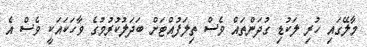
މާލޭގައި ހުރި ލަކުޑި ގުދަންތައް ވެސް ތިލަފުއްޓަށް ބަދަލުކުރުމުގެ ވާހަކައަކީ ވެސް އެ